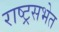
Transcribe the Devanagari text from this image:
राष्ट्रसभेत